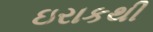
ઇરાકથી